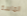
الماسة